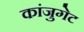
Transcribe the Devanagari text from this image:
कांजुगेट